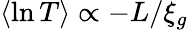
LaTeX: \langle\ln T\rangle\propto-L/\xi_{g}